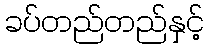
ခပ်တည်တည်နှင့်